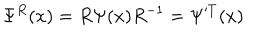
\Psi ^ { R } ( x ) = R \Psi ( x ) R ^ { - 1 } = \Psi ^ { T } ( x )